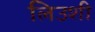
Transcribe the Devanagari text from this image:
लिउशी